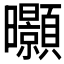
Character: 𭨖